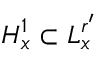
H _ { x } ^ { 1 } \subset L _ { x } ^ { r ^ { \prime } }